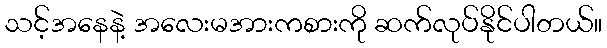
သင့်အနေနဲ့ အလေးမအားကစားကို ဆက်လုပ်နိုင်ပါတယ်။